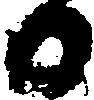
日